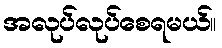
အလုပ်လုပ်စေရမယ်။